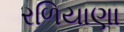
રળિયાણા